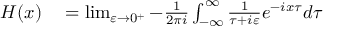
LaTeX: \begin{array} { r l } { H ( x ) } & { { } = \operatorname* { l i m } _ { \varepsilon \to 0 ^ { + } } - { \frac { 1 } { 2 \pi i } } \int _ { - \infty } ^ { \infty } { \frac { 1 } { \tau + i \varepsilon } } e ^ { - i x \tau } d \tau } \end{array}